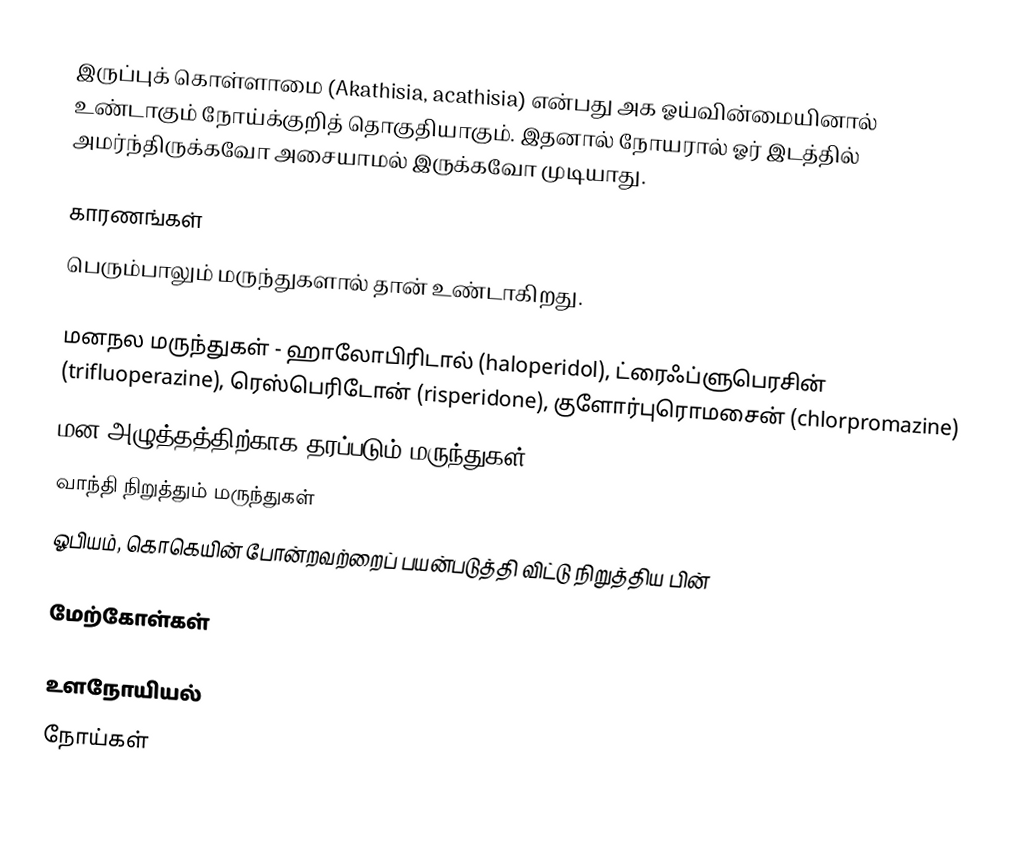
இருப்புக் கொள்ளாமை (Akathisia, acathisia) என்பது அக ஓய்வின்மையினால் உண்டாகும் நோய்க்குறித் தொகுதியாகும். இதனால் நோயரால் ஓர் இடத்தில் அமர்ந்திருக்கவோ அசையாமல் இருக்கவோ முடியாது.

காரணங்கள்
பெரும்பாலும் மருந்துகளால் தான் உண்டாகிறது.

 மனநல மருந்துகள் - ஹாலோபிரிடால் (haloperidol), ட்ரைஃப்ளுபெரசின் (trifluoperazine), ரெஸ்பெரிடோன் (risperidone), குளோர்புரொமசைன் (chlorpromazine)
 மன அழுத்தத்திற்காக தரப்படும் மருந்துகள்
 வாந்தி நிறுத்தும் மருந்துகள்
 ஓபியம், கொகெயின் போன்றவற்றைப் பயன்படுத்தி விட்டு நிறுத்திய பின்

மேற்கோள்கள்

உளநோயியல்
நோய்கள்